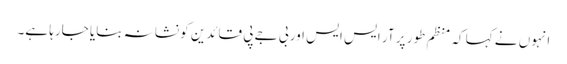
انہوں نے کہا کہ منظم طور پر آر ایس ایس اور بی جے پی قائدین کو نشانہ بنایا جارہا ہے۔